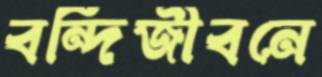
বন্দিজীবনে